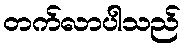
တက်လာပါသည်